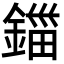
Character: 鍿